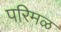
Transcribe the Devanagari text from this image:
परिमळ